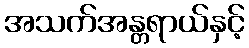
အသက်အန္တရာယ်နှင့်